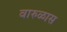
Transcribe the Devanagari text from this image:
वारुळास